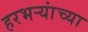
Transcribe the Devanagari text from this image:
हरभऱ्यांच्या